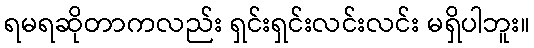
ရမရဆိုတာကလည်း ရှင်းရှင်းလင်းလင်း မရှိပါဘူး။